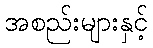
အစည်းများနှင့်